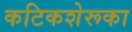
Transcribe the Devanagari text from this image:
कटिकशेरूका